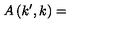
A \left( k ^ { \prime } , k \right) =